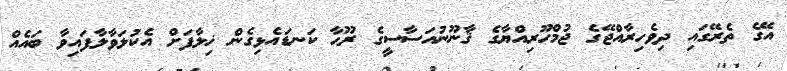
އޭގެ ތެރޭގައި ދިވެހިރާއްޖޭގެ ޖުމްހޫރިއްޔާގެ ޤާނޫނުއަސާސީގެ ރޫޙާ ކަނޑައެޅިގެން ޚިލާފަށް އެކުލަވާލާފައިވާ ބައެއް